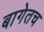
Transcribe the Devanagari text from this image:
बागेतच